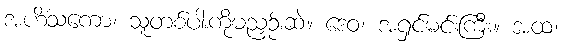
အဟိံသကော၊ သူတစ်ပါးကိုမညှဉ်းဆဲ။ ဒေဝ၊ အရှင်မင်းကြီး။ အထ၊